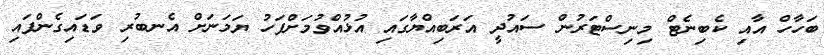
ބަހާހް އާއި ކެބިނެޓް މިނިސްޓަރުން ސައުދީ އަރަބިއްޔާގައި އުޅުއްވުމަށްފަހު ޔަމަނަށް އެނބުރި ވަޑައިގެންފައި